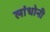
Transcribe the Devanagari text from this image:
लांधोनी